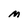
Character: M